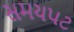
સમયપટ